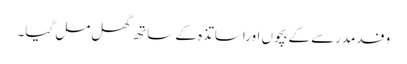
وفد مدرسے کے بچوں اوراساتذہ کے ساتھ گھل مل گیا۔